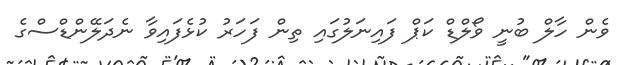
ވެން ހާލް ބުނީ ވޯލްޑް ކަޕް ފައިނަލުގައި ތިން ފަހަރު ކުޅެފައިވާ ނެދަލޭންޑްސްގެ